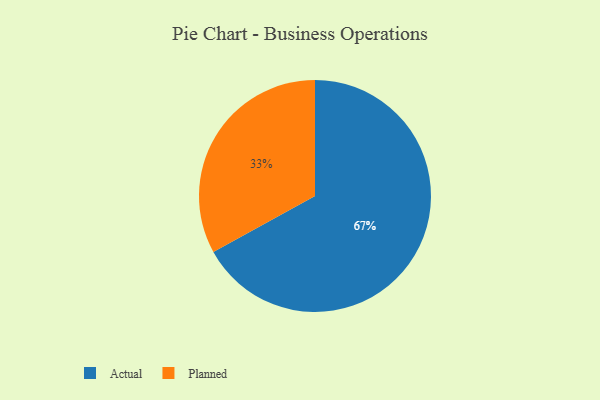
{"axis": {"x": "Category", "y": "Percentage"}, "legend": ["Actual", "Planned"], "data": [{"x": "Actual", "y": 67, "type": "Actual"}, {"x": "Planned", "y": 33, "type": "Planned"}]}